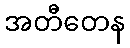
အတီတေန